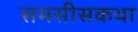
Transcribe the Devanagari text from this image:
समसीसकथा